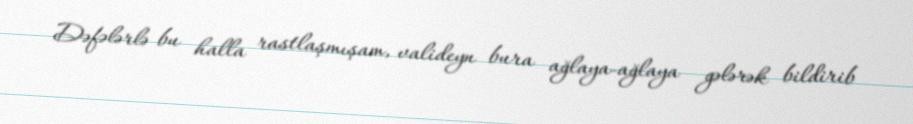
Dəfələrlə bu halla rastlaşmışam, valideyn bura ağlaya-ağlaya gələrək bildirib